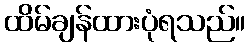
ထိမ်ချန်ထားပုံရသည်။